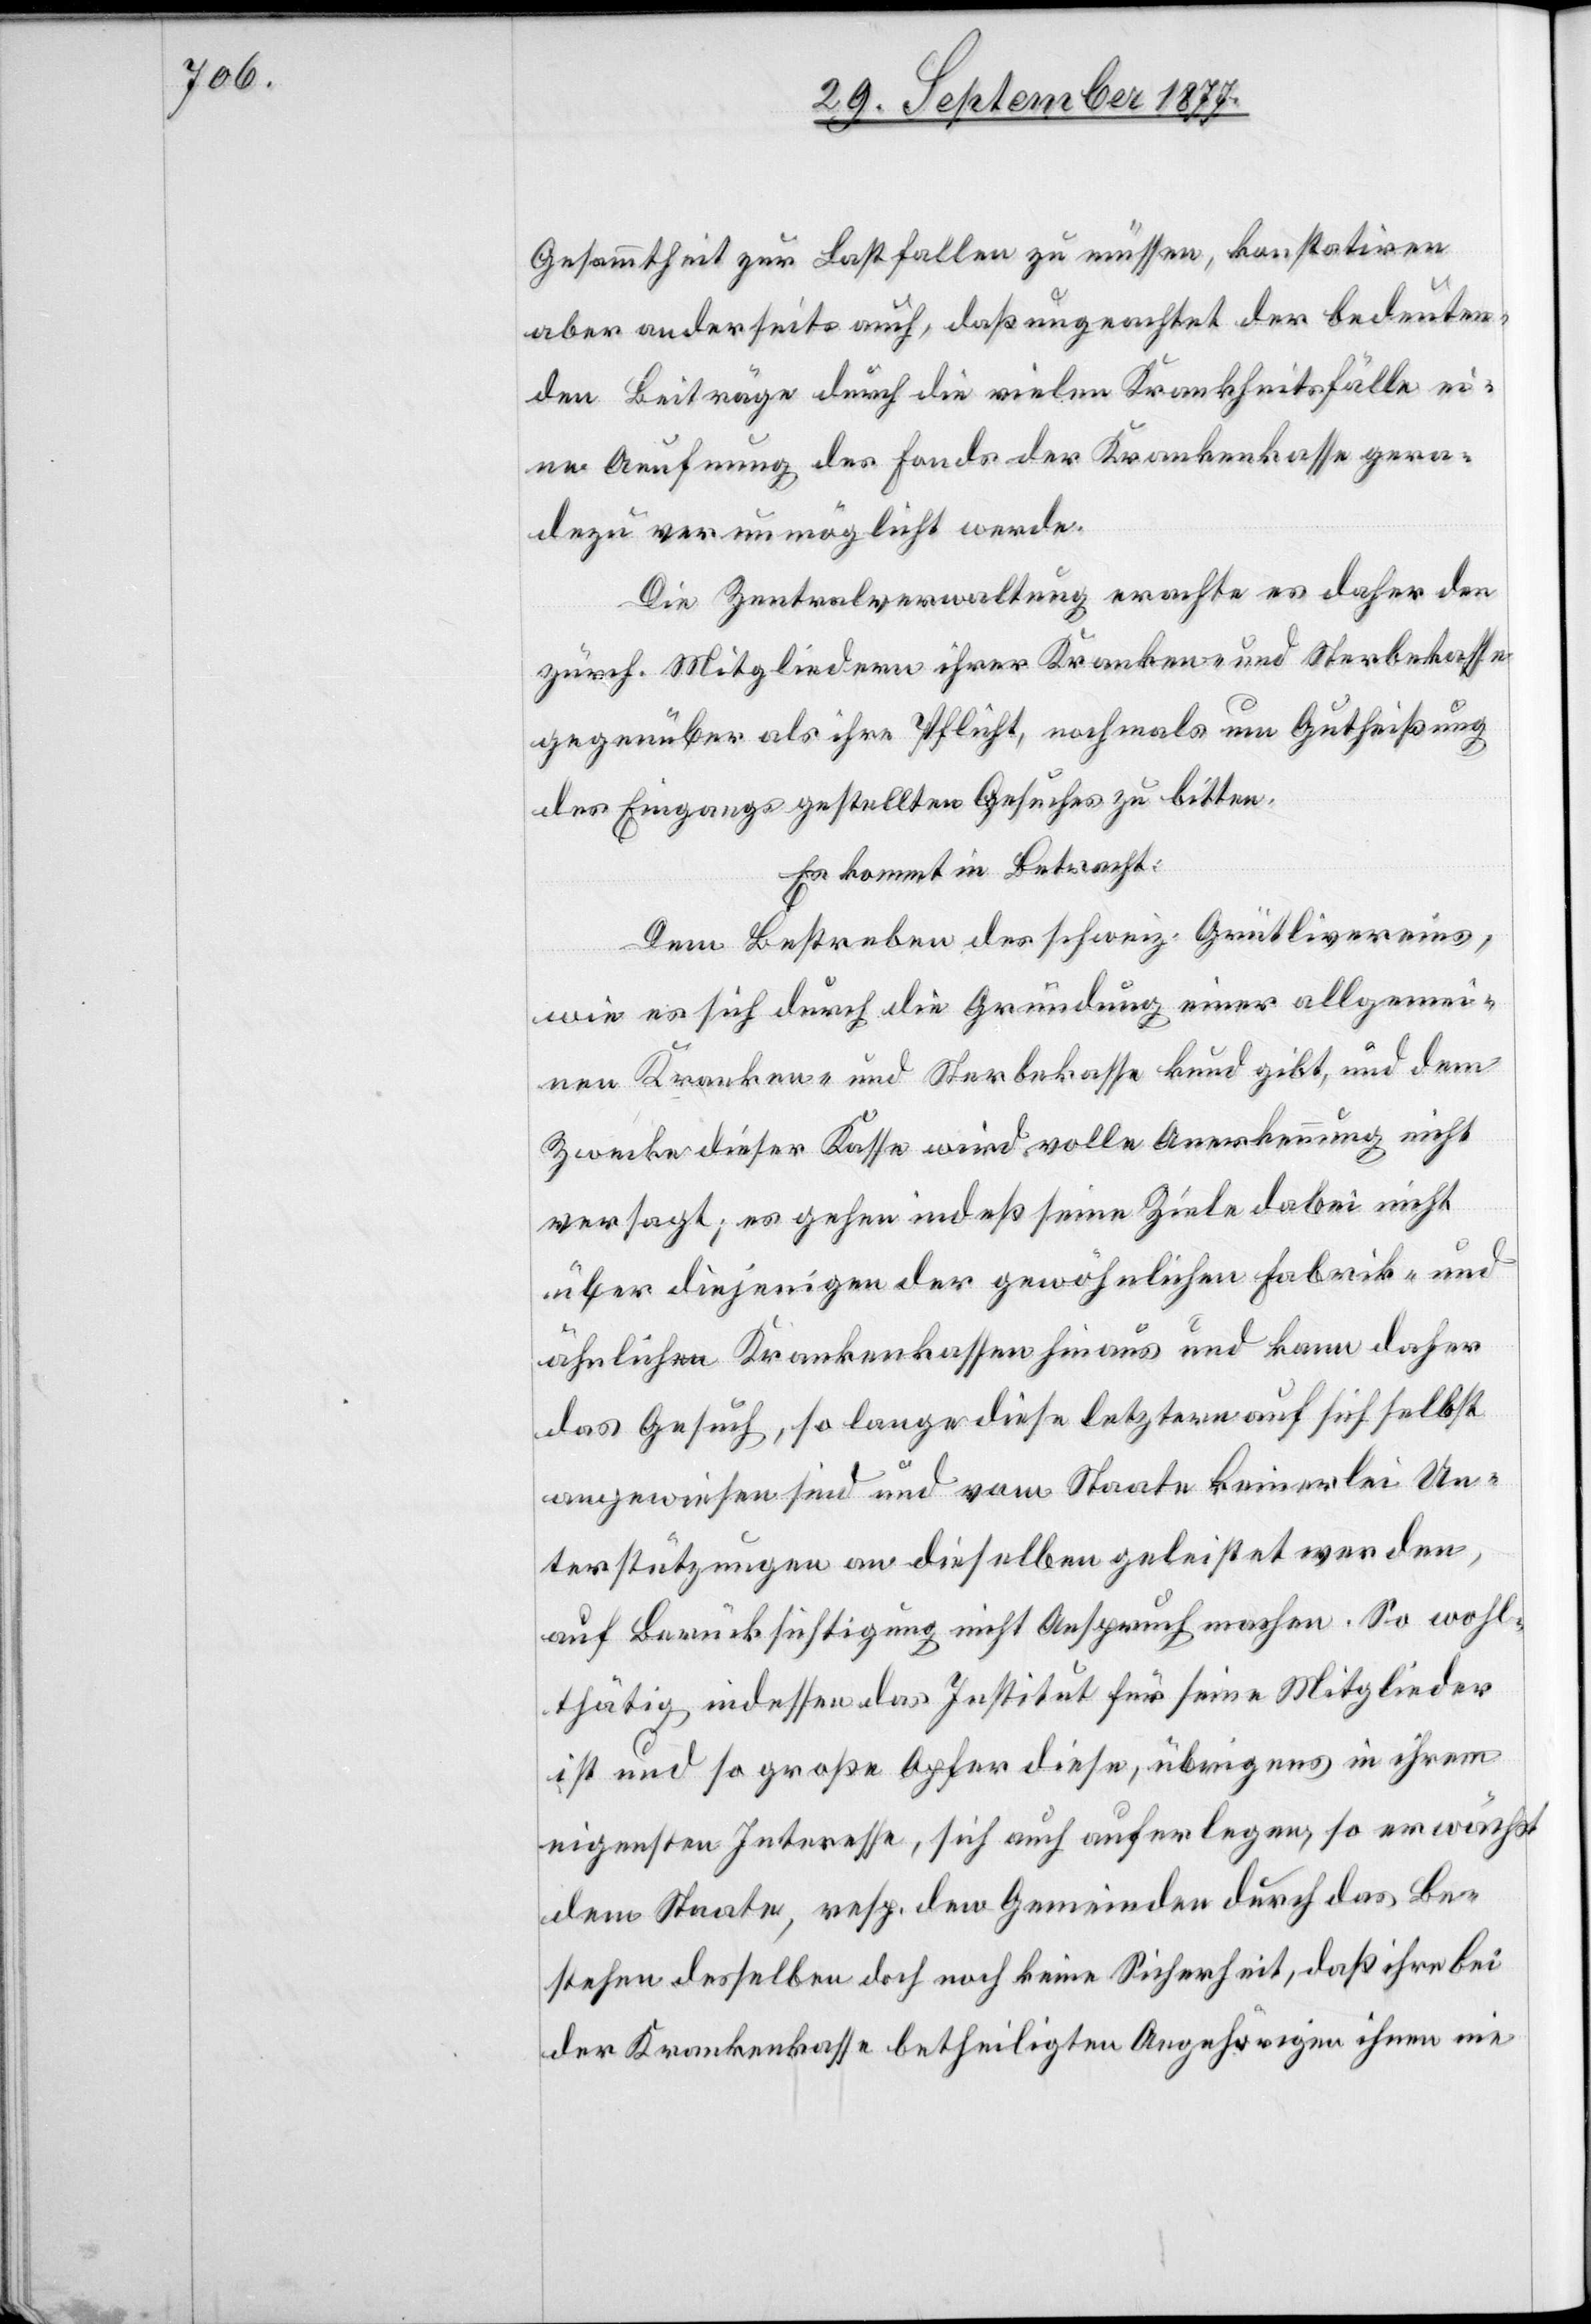
Gesammtheit zur Last fallen zu müssen, konstatiren
aber anderseits auch, daß ungeachtet der bedeuten¬
den Beiträge durch die vielen Krankheitsfälle ei¬
ne Aeufnung des Fonds der Krankenkasse gera¬
dezu verunmöglicht werde.
Die Zentralverwaltung erachte es daher den
zürch. Mitgliedern ihrer Kranken- und Sterbekasse
gegenüber als ihre Pflicht, nochmals um Gutheißung
des Eingangs gestellten Gesuches zu bitten.
Es kommt in Betracht:
Dem Bestreben des schweiz. Grütlivereins,
wie es sich durch die Gründung einer allgemei¬
nen Kranken- und Sterbekasse kund gibt, und dem
Zwecke dieser Kasse wird volle Anerkennung nicht
versagt; es gehen indeß seine Ziele dabei nicht
über diejenigen der gewöhnlichen Fabrik- und
ähnlichen Krankenkassen hinaus und kann daher
das Gesuch, so lange diese letztern auf sich selbst
angewiesen sind und vom Staate keinerlei Un¬
terstützungen an dieselben geleistet werden,
auf Berücksichtigung nicht Anspruch machen. So wohl¬
thätig indessen das Institut für seine Mitglieder
ist und so große Opfer diese, übrigens in ihrem
eigensten Interesse, sich auch auferlegen, so erwächst
dem Staate, resp. den Gemeinden durch das Be¬
stehen desselben doch noch keine Sicherheit, daß ihre bei
der Krankenkasse betheiligten Angehörigen ihnen nie